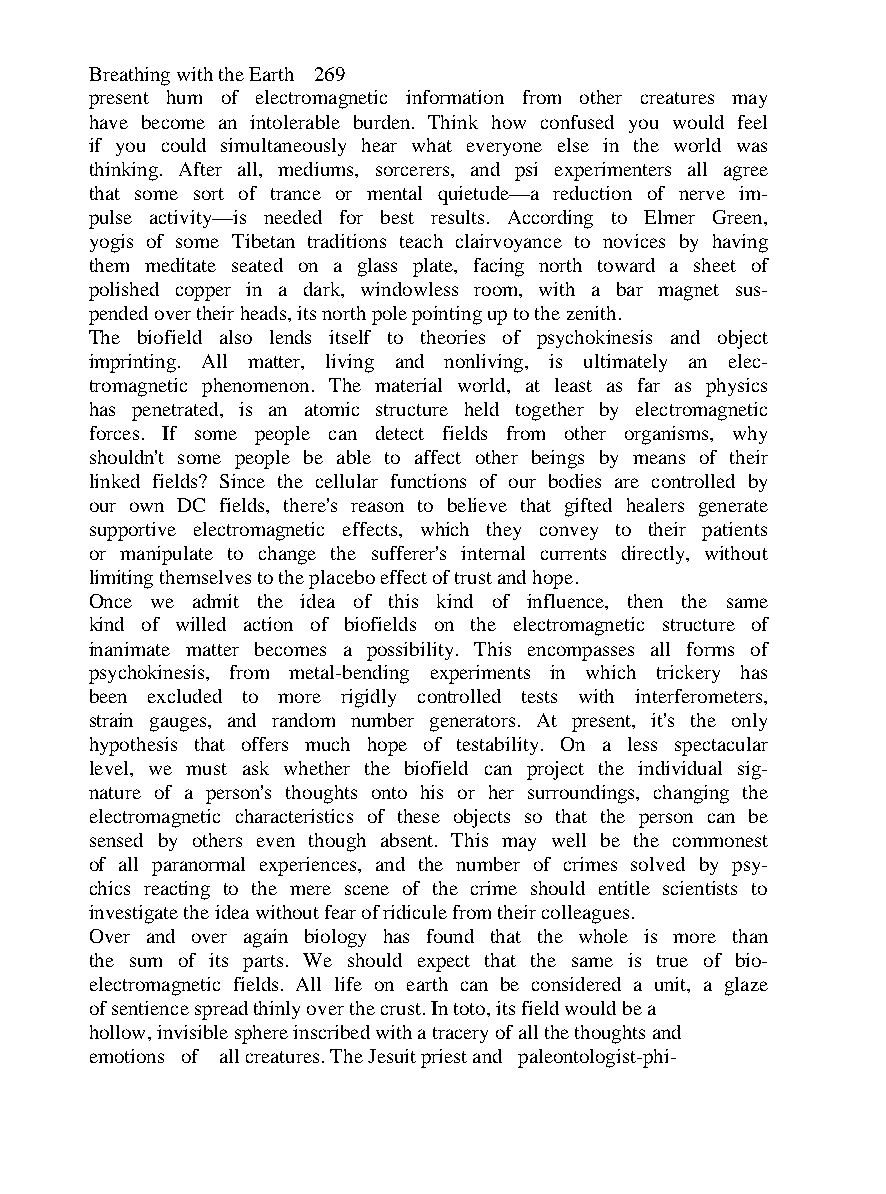
Breathing with the Earth 269
 present hum of electromagnetic information from other creatures may
 have become an intolerable burden. Think how confused you would feel
 if you could simultaneously hear what everyone else in the world was
 thinking. After all, mediums, sorcerers, and psi experimenters all agree
 that some sort of trance or mental quietude—a reduction of nerve im-
 pulse activity—is needed for best results. According to Elmer Green,
 yogis of some Tibetan traditions teach clairvoyance to novices by having
 them meditate seated on a glass plate, facing north toward a sheet of
 polished copper in a dark, windowless room, with a bar magnet sus-
 pended over their heads, its north pole pointing up to the zenith.
 The biofield also lends itself to theories of psychokinesis and object
 imprinting. All matter, living and nonliving, is ultimately an elec-
 tromagnetic phenomenon. The material world, at least as far as physics
 has penetrated, is an atomic structure held together by electromagnetic
 forces. If some people can detect fields from other organisms, why
 shouldn't some people be able to affect other beings by means of their
 linked fields? Since the cellular functions of our bodies are controlled by
 our own DC fields, there's reason to believe that gifted healers generate
 supportive electromagnetic effects, which they convey to their patients
 or manipulate to change the sufferer's internal currents directly, without
 limiting themselves to the placebo effect of trust and hope.
 Once we admit the idea of this kind of influence, then the same
 kind of willed action of biofields on the electromagnetic structure of
 inanimate matter becomes a possibility. This encompasses all forms of
 psychokinesis, from metal-bending experiments in which trickery has
 been excluded to more rigidly controlled tests with interferometers,
 strain gauges, and random number generators. At present, it's the only
 hypothesis that offers much hope of testability. On a less spectacular
 level, we must ask whether the biofield can project the individual sig-
 nature of a person's thoughts onto his or her surroundings, changing the
 electromagnetic characteristics of these objects so that the person can be
 sensed by others even though absent. This may well be the commonest
 of all paranormal experiences, and the number of crimes solved by psy-
 chics reacting to the mere scene of the crime should entitle scientists to
 investigate the idea without fear of ridicule from their colleagues.
 Over and over again biology has found that the whole is more than
 the sum of its parts. We should expect that the same is true of bio-
 electromagnetic fields. All life on earth can be considered a unit, a glaze
 of sentience spread thinly over the crust. In toto, its field would be a
 hollow, invisible sphere inscribed with a tracery of all the thoughts and
 emotions of all creatures. The Jesuit priest and paleontologist-phi-